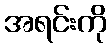
အရင်းကို